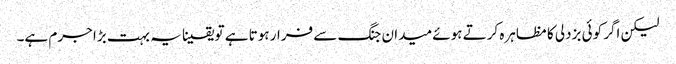
لیکن اگر کوئی بزدلی کا مظاہرہ کرتے ہوئے میدان جنگ سے فرار ہوتا ہے تو یقینا یہ بہت بڑا جرم ہے۔